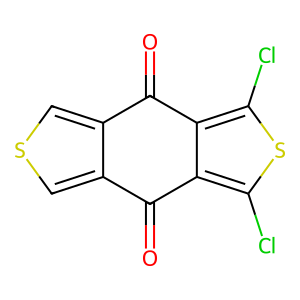
SMILES: O=C1c2cscc2C(=O)c2c(Cl)sc(Cl)c21
Inhibits HIV replication: No